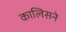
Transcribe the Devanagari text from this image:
कालिसने